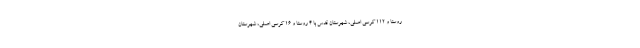
روستا و ۱۱۲ کرسی اصلی، شهرستان قدس با ۴ روستا و ۱۶ کرسی اصلی، شهرستان